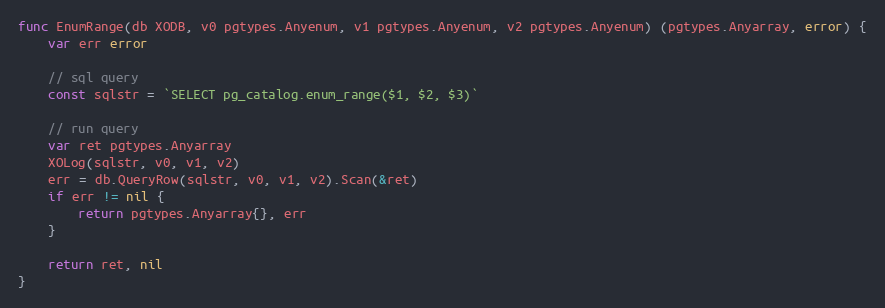
Language: Go
func EnumRange(db XODB, v0 pgtypes.Anyenum, v1 pgtypes.Anyenum, v2 pgtypes.Anyenum) (pgtypes.Anyarray, error) {
	var err error

	// sql query
	const sqlstr = `SELECT pg_catalog.enum_range($1, $2, $3)`

	// run query
	var ret pgtypes.Anyarray
	XOLog(sqlstr, v0, v1, v2)
	err = db.QueryRow(sqlstr, v0, v1, v2).Scan(&ret)
	if err != nil {
		return pgtypes.Anyarray{}, err
	}

	return ret, nil
}